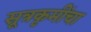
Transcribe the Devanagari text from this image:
सूत्रकृमींचा